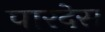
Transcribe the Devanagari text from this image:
पारदेस